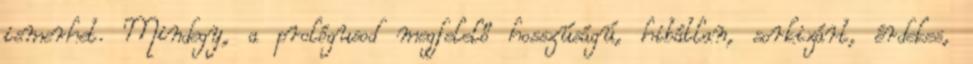
ismerhet. Mindegy, a prológusod megfelelő hosszúságú, hibátlan, sorkizárt, érdekes,